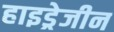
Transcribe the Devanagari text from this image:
हाइड्रेजीन